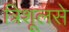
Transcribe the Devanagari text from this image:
त्रिशूलसे